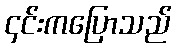
၄င်းကပြောသည်